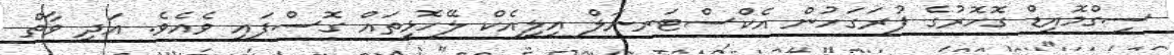
ސިގްމޮއިޑް ގޮހޮރުގެ ފުރަގަހުން އެކްސްޓަރނަލް އިލިއެކް ލޭހޮޅިތައް ގޮސްފައި ވެއެވެ. އަދި ވާތް